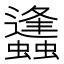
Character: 蠭